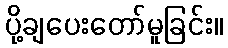
ပို့ချပေးတော်မူခြင်း။